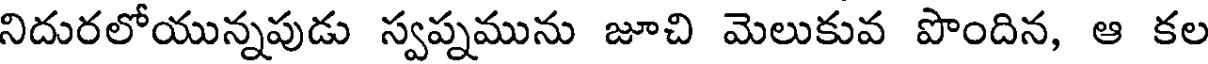
నిదురలోయున్నపుడు స్వప్నమును జూచి మెలుకువ పొందిన, ఆ కల